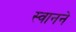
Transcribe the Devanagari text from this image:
स्वानने